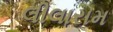
લીલારામ